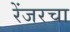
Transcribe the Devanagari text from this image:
रेंजरचा